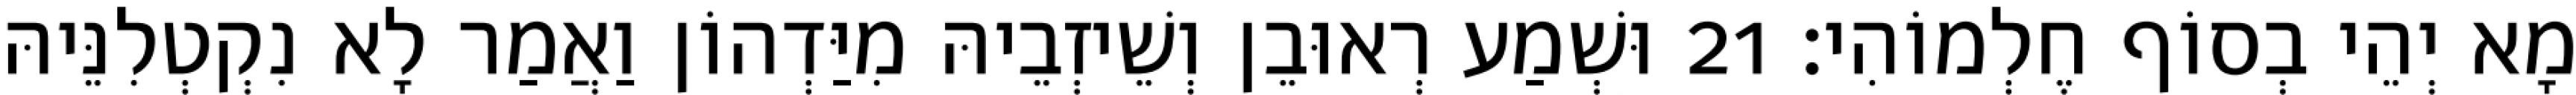
מָא יְהֵי בְסוֹף חֶלְמוֹהִי׃ 21 וּשְׁמַע רְאוּבֵן וְשֵׁיזְבֵיהּ מִיַּדְהוֹן וַאֲמַר לָא נִקְטְלִנֵּיהּ